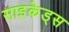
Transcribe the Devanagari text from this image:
साइकेड्स